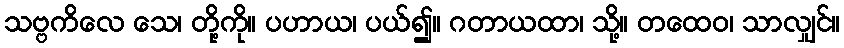
သဗ္ဗကိလေ သေ၊ တို့ကို။ ပဟာယ၊ ပယ်၍။ ဂတာယထာ၊ သို့။ တထေဝ၊ သာလျှင်။